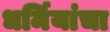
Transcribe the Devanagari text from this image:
धर्मियांचा